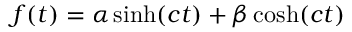
f ( t ) = { \alpha } \sinh ( c t ) + { \beta } \cosh ( c t )